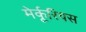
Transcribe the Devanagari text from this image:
मेर्कूरियस